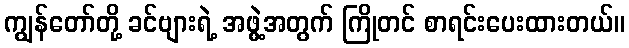
ကျွန်တော်တို့ ခင်ဗျားရဲ့ အဖွဲ့အတွက် ကြိုတင် စာရင်းပေးထားတယ်။